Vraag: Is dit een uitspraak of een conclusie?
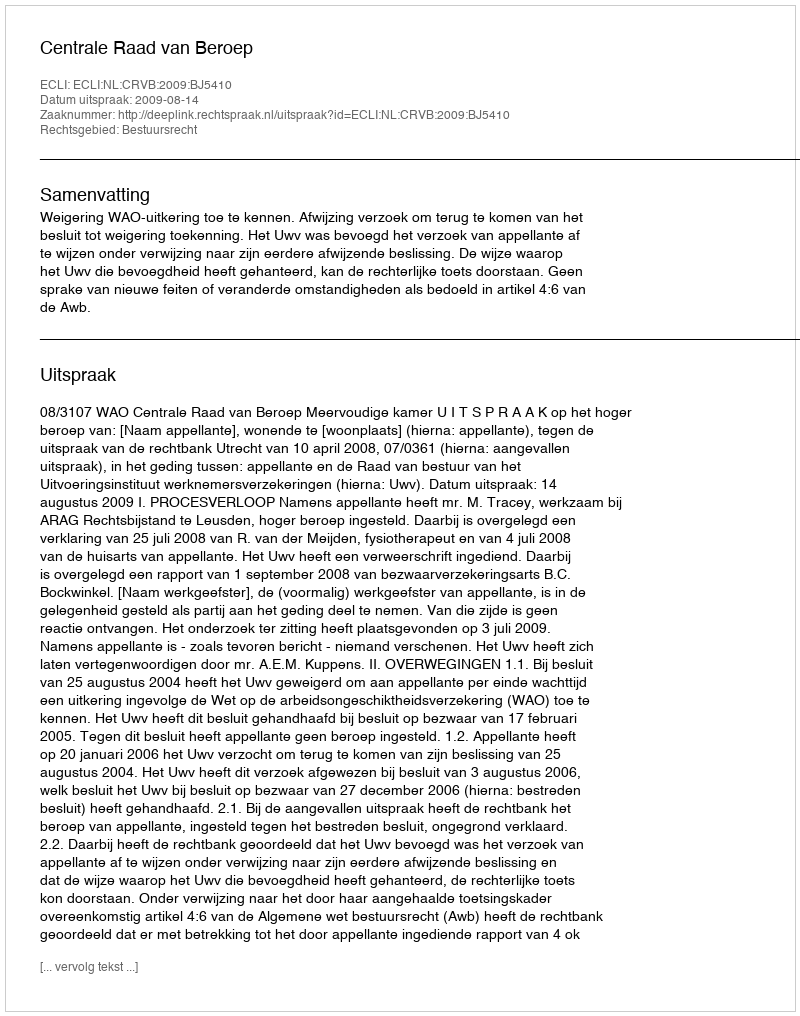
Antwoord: Uitspraak